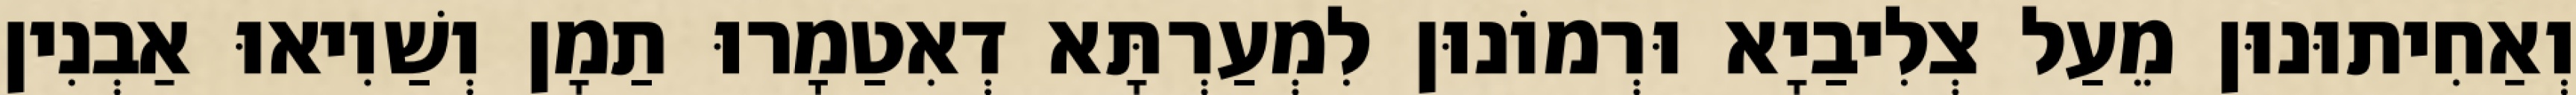
וְאַחִיתוּנוּן מֵעַל צְלִיבַיָא וּרְמוֹנוּן לִמְעַרְתָּא דְאִטַמָרוּ תַמָן וְשַׁוִיאוּ אַבְנִין